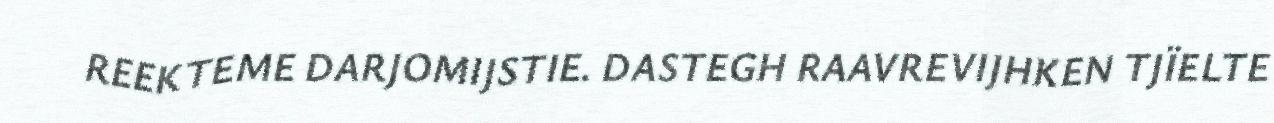
REEKTEME DARJOMIJSTIE. DASTEGH RAAVREVIJHKEN TJÏELTE